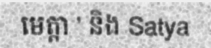
មេត្តា ' និង Satya